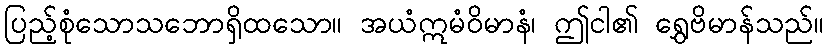
ပြည့်စုံသောသဘောရှိထသော။ အယံဣမံဝိမာနံ၊ ဤငါ၏ ရွှေဗိမာန်သည်။